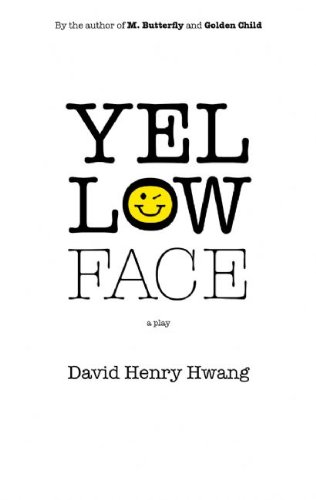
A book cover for Yellow Face (TCG Edition); David Henry Hwang; Literature & Fiction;